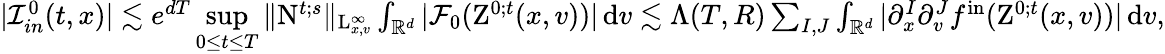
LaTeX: \begin{array}{r}{\vert\mathcal{I}_{in}^{0}(t,x)\vert\lesssim e^{dT}\underset{0\leq t\leq T}{\operatorname*{sup}}\Vert\mathrm{N}^{t;s}\Vert_{\mathrm{L}_{x,v}^{\infty}}\int_{\mathbb R^{d}}\vert\mathcal{F}_{0}(\mathrm{Z}^{0;t}(x,v))\vert\, \mathrm{d}v\lesssim\Lambda(T,R)\sum_{I,J}\int_{\mathbb R^{d}}\vert\partial_{x}^{I}\partial_{v}^{J}f^{\mathrm{in}}(\mathrm{Z}^{0;t}(x,v))\vert\, \mathrm{d}v,}\end{array}